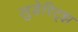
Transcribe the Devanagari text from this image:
लुडेरिट्झ